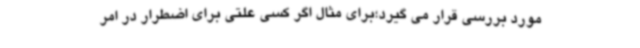
مورد بررسی قرار می گیرد؛برای مثال اگر کسی علتی برای اضطرار در امر